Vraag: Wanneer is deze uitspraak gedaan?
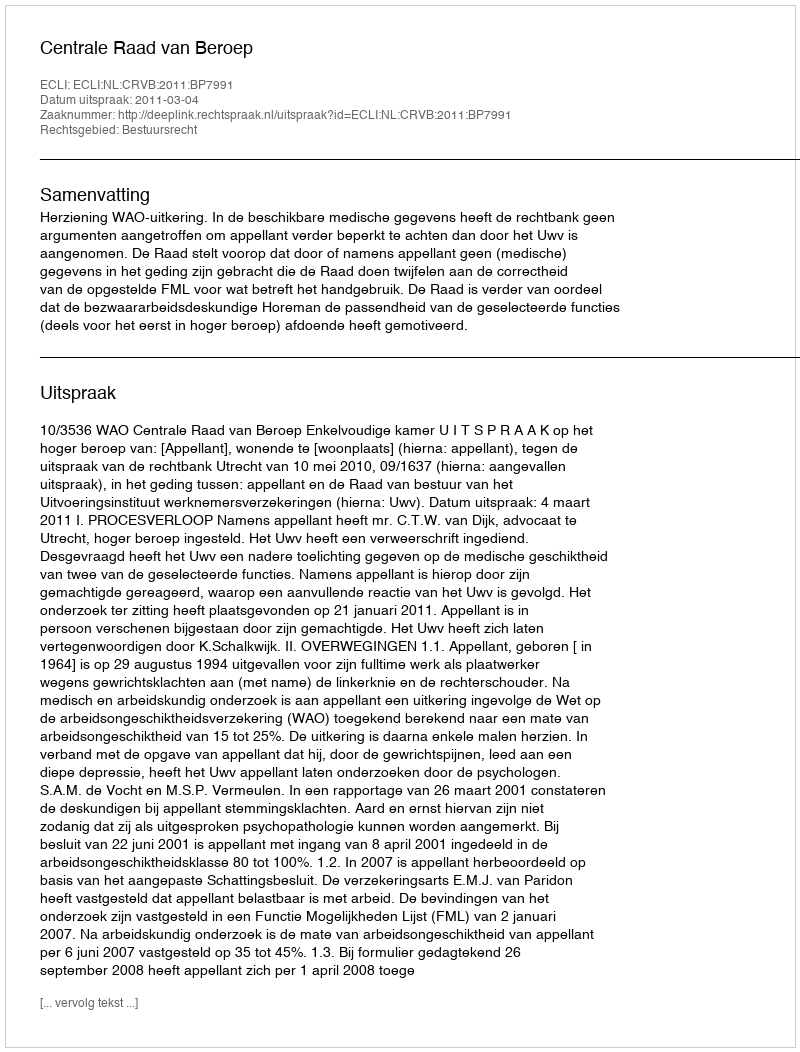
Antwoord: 2011-03-04